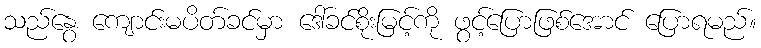
သည်နွေ ကျောင်းမပိတ်ခင်မှာ ဒေါ်ခင်စိုးမြင့်ကို ဖွင့်ပြောဖြစ်အောင် ပြောရမည်။